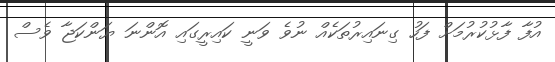
އުފާ ފާޅުކުރުމަށް ފަހު ގިނައިރުތަކެއް ނުވެ ވަނީ ކައިރީގައި އޮންނަ ޔަންކަޖާ ވެސް